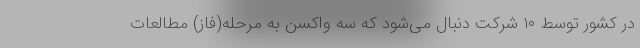
در کشور توسط ۱۰ شرکت دنبال می‌شود که سه واکسن به مرحله(فاز) مطالعات